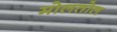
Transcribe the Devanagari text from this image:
मोलतोल